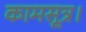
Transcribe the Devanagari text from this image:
कामसूत्र।